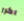
اكرر